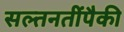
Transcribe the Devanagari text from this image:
सल्तनतींपैकी